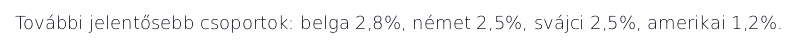
További jelentősebb csoportok: belga 2,8%, német 2,5%, svájci 2,5%, amerikai 1,2%.